Report of the Indian Hemp Drugs Commission, 1894-1895 - Volume III
Year: 1894
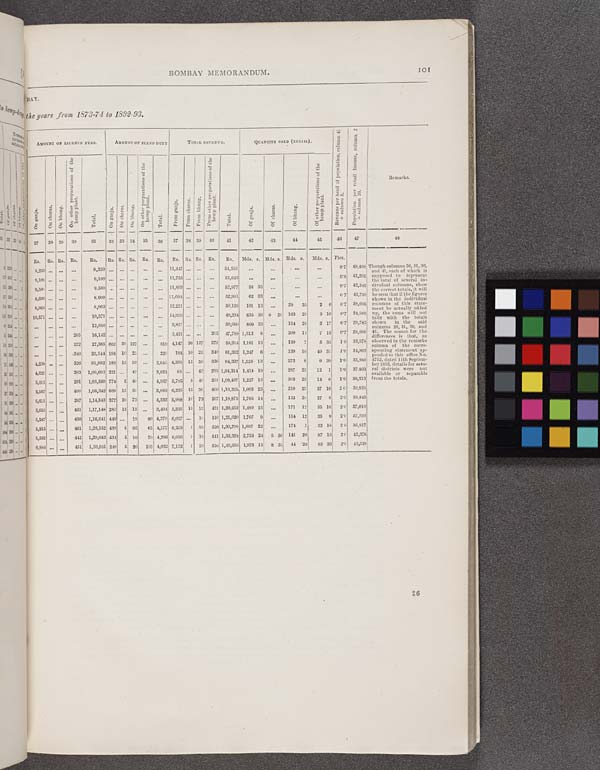
BOMBAY MEMORANDUM.
101
BAY.
he years from 1873-74 to 1892-93.
AMOUNT OF LICENSE FEES.
AMOUNT OF FIXED DUTY
TOTAL REVENUE.
QUANTITY BOLD (RETAIL).
Revenue
per head of population, column 41
÷ column 2.
Population per retail l
i
cense, column 2
÷ column 26.
Remarks.
AMOUNT OF LICENSE FEES.
AMOUNT OF FIXED DUTY
TOTAL REVENUE.
QUANTITY BOLD (RETAIL).
Revenue
per head of population, column 41
÷ column 2.
Population per retail l
i
cense, column 2
÷ column 26.
Remarks.
On ganja.
On charas.
On bhang.
On other preparations of the
hemp plant.
Tot al .
On ganja. On charas. On bhang.
On other preparations of the
hemp plant.
Tot al .
From Ganja.
Fr om charas.
From bhang.
From other preparations of the
hemp plant.
Tot al .
Of ganj a. Of charas. Of bhang.
Of other preparations of the
hemp plant.
Revenue
per head of population, column 41
÷ column 2.
Population per retail l
i
cense, column 2
÷ column 26.
Remarks.
27
28 29
30
31
32 33 34
35
36
37
38 39
40
41
42
43
44
45
46
47
48
Rs. Rs. RS. Rs.
Rs.
Rs. Rs. Rs. Rs.
Rs.
Rs. Rs. Rs. Rs.
Rs.
Mds. s. Mds. s. Mds. s.
Mds. s. Pies.
8,250
8,250
11,447
54,561
0.7 49,498 Though columns 26, 31, 36,
and 41, each of which is
supposed to represent
the total of several in-
dividual columns, show
the correct totals, it will
be seen that if the figures
shown in the individual
columns of this state-
ment be actually added
up, the sums will not
tally with the totals
shown
in the said
columns 26, 31, 36, and
41. The reason for the
differences is that, as
observed in the remarks
column of the corre-
sponding statement ap-
pended to this office No.
4752, dated 11th Septem-
ber 1893, details for seve-
ral districts were not
available or separable
from the totals.
9,100
9,100
11,755
55,643
0.8 46,201
Though columns 26, 31, 36,
and 41, each of which is
supposed to represent
the total of several in-
dividual columns, show
the correct totals, it will
be seen that if the figures
shown in the individual
columns of this state-
ment be actually added
up, the sums will not
tally with the totals
shown
in the said
columns 26, 31, 36, and
41. The reason for the
differences is that, as
observed in the remarks
column of the corre-
sponding statement ap-
pended to this office No.
4752, dated 11th Septem-
ber 1893, details for seve-
ral districts were not
available or separable
from the totals.
9,500
9,500
11,893
52,977
58 35
0.7 42,342
Though columns 26, 31, 36,
and 41, each of which is
supposed to represent
the total of several in-
dividual columns, show
the correct totals, it will
be seen that if the figures
shown in the individual
columns of this state-
ment be actually added
up, the sums will not
tally with the totals
shown
in the said
columns 26, 31, 36, and
41. The reason for the
differences is that, as
observed in the remarks
column of the corre-
sponding statement ap-
pended to this office No.
4752, dated 11th Septem-
ber 1893, details for seve-
ral districts were not
available or separable
from the totals.
8,600
8,600
11,094
52,981
62 33
0.7 43,793
Though columns 26, 31, 36,
and 41, each of which is
supposed to represent
the total of several in-
dividual columns, show
the correct totals, it will
be seen that if the figures
shown in the individual
columns of this state-
ment be actually added
up, the sums will not
tally with the totals
shown
in the said
columns 26, 31, 36, and
41. The reason for the
differences is that, as
observed in the remarks
column of the corre-
sponding statement ap-
pended to this office No.
4752, dated 11th Septem-
ber 1893, details for seve-
ral districts were not
available or separable
from the totals.
8,963
8,963
12,221
50,126
101 13
29 35
2 0
0.7 38,096
Though columns 26, 31, 36,
and 41, each of which is
supposed to represent
the total of several in-
dividual columns, show
the correct totals, it will
be seen that if the figures
shown in the individual
columns of this state-
ment be actually added
up, the sums will not
tally with the totals
shown
in the said
columns 26, 31, 36, and
41. The reason for the
differences is that, as
observed in the remarks
column of the corre-
sponding statement ap-
pended to this office No.
4752, dated 11th Septem-
ber 1893, details for seve-
ral districts were not
available or separable
from the totals.
10,571
10,571
14,039
49,234
635 36 0 20 163 29
3 10
0.7 34,969
Though columns 26, 31, 36,
and 41, each of which is
supposed to represent
the total of several in-
dividual columns, show
the correct totals, it will
be seen that if the figures
shown in the individual
columns of this state-
ment be actually added
up, the sums will not
tally with the totals
shown
in the said
columns 26, 31, 36, and
41. The reason for the
differences is that, as
observed in the remarks
column of the corre-
sponding statement ap-
pended to this office No.
4752, dated 11th Septem-
ber 1893, details for seve-
ral districts were not
available or separable
from the totals.
12,950
3,831
50,060
809 33
154 28
2 17
0.7 29,783
Though columns 26, 31, 36,
and 41, each of which is
supposed to represent
the total of several in-
dividual columns, show
the correct totals, it will
be seen that if the figures
shown in the individual
columns of this state-
ment be actually added
up, the sums will not
tally with the totals
shown
in the said
columns 26, 31, 36, and
41. The reason for the
differences is that, as
observed in the remarks
column of the corre-
sponding statement ap-
pended to this office No.
4752, dated 11th Septem-
ber 1893, details for seve-
ral districts were not
available or separable
from the totals.
205
16,142
3,411
205 47,788 1,312 8
209 14
7 13
0.7 28,689
Though columns 26, 31, 36,
and 41, each of which is
supposed to represent
the total of several in-
dividual columns, show
the correct totals, it will
be seen that if the figures
shown in the individual
columns of this state-
ment be actually added
up, the sums will not
tally with the totals
shown
in the said
columns 26, 31, 36, and
41. The reason for the
differences is that, as
observed in the remarks
column of the corre-
sponding statement ap-
pended to this office No.
4752, dated 11th Septem-
ber 1893, details for seve-
ral districts were not
available or separable
from the totals.
272
27,365 662 30 127
819 4,147 30 127
272 59,314 1,181 13
139
7
5 35
1.0 33,978
Though columns 26, 31, 36,
and 41, each of which is
supposed to represent
the total of several in-
dividual columns, show
the correct totals, it will
be seen that if the figures
shown in the individual
columns of this state-
ment be actually added
up, the sums will not
tally with the totals
shown
in the said
columns 26, 31, 36, and
41. The reason for the
differences is that, as
observed in the remarks
column of the corre-
sponding statement ap-
pended to this office No.
4752, dated 11th Septem-
ber 1893, details for seve-
ral districts were not
available or separable
from the totals.
340
26,544 194 10 25
229
194 10 25
340 81,362 1,247 6
139 10
49 31
1.0 34,903
Though columns 26, 31, 36,
and 41, each of which is
supposed to represent
the total of several in-
dividual columns, show
the correct totals, it will
be seen that if the figures
shown in the individual
columns of this state-
ment be actually added
up, the sums will not
tally with the totals
shown
in the said
columns 26, 31, 36, and
41. The reason for the
differences is that, as
observed in the remarks
column of the corre-
sponding statement ap-
pended to this office No.
4752, dated 11th Septem-
ber 1893, details for seve-
ral districts were not
available or separable
from the totals.
4,208
326
91,692 183 15 50
2,645 4,391 15 50
326 94,337 1,528 13
272 8
9 39
1.0 35,880
Though columns 26, 31, 36,
and 41, each of which is
supposed to represent
the total of several in-
dividual columns, show
the correct totals, it will
be seen that if the figures
shown in the individual
columns of this state-
ment be actually added
up, the sums will not
tally with the totals
shown
in the said
columns 26, 31, 36, and
41. The reason for the
differences is that, as
observed in the remarks
column of the corre-
sponding statement ap-
pended to this office No.
4752, dated 11th Septem-
ber 1893, details for seve-
ral districts were not
available or separable
from the totals.
4,627
203 1,00,693 221
42
3,621
88
42
203 1,04.314 1,414 19
287 25
12 1
1.0 37,403
Though columns 26, 31, 36,
and 41, each of which is
supposed to represent
the total of several in-
dividual columns, show
the correct totals, it will
be seen that if the figures
shown in the individual
columns of this state-
ment be actually added
up, the sums will not
tally with the totals
shown
in the said
columns 26, 31, 36, and
41. The reason for the
differences is that, as
observed in the remarks
column of the corre-
sponding statement ap-
pended to this office No.
4752, dated 11th Septem-
ber 1893, details for seve-
ral districts were not
available or separable
from the totals.
5,011
201 1,03,560 774
5 40
4,937 5,785
5 40
201 1,08,497 1,227 13
303 25
14 0
1.0 38,213
Though columns 26, 31, 36,
and 41, each of which is
supposed to represent
the total of several in-
dividual columns, show
the correct totals, it will
be seen that if the figures
shown in the individual
columns of this state-
ment be actually added
up, the sums will not
tally with the totals
shown
in the said
columns 26, 31, 36, and
41. The reason for the
differences is that, as
observed in the remarks
column of the corre-
sponding statement ap-
pended to this office No.
4752, dated 11th Septem-
ber 1893, details for seve-
ral districts were not
available or separable
from the totals.
5,567
400 1,06,342 668 15 30
3,983 6,235 15 30
400 1,10,325 1,003 23
210 23
37 10
2.0 39,833
Though columns 26, 31, 36,
and 41, each of which is
supposed to represent
the total of several in-
dividual columns, show
the correct totals, it will
be seen that if the figures
shown in the individual
columns of this state-
ment be actually added
up, the sums will not
tally with the totals
shown
in the said
columns 26, 31, 36, and
41. The reason for the
differences is that, as
observed in the remarks
column of the corre-
sponding statement ap-
pended to this office No.
4752, dated 11th Septem-
ber 1893, details for seve-
ral districts were not
available or separable
from the totals.
5,611
207 1,14,543 377 10 73
4,332 5,988 10 73
207 1,18,875 1,765 14
155 38
27 8
2.0 38,845
Though columns 26, 31, 36,
and 41, each of which is
supposed to represent
the total of several in-
dividual columns, show
the correct totals, it will
be seen that if the figures
shown in the individual
columns of this state-
ment be actually added
up, the sums will not
tally with the totals
shown
in the said
columns 26, 31, 36, and
41. The reason for the
differences is that, as
observed in the remarks
column of the corre-
sponding statement ap-
pended to this office No.
4752, dated 11th Septem-
ber 1893, details for seve-
ral districts were not
available or separable
from the totals.
5,053
431 1,17,148 282 15 15
3,404 5,335 15 16
431 1,20.552 1,480 15
171 12
35 16
2.0 37,010
Though columns 26, 31, 36,
and 41, each of which is
supposed to represent
the total of several in-
dividual columns, show
the correct totals, it will
be seen that if the figures
shown in the individual
columns of this state-
ment be actually added
up, the sums will not
tally with the totals
shown
in the said
columns 26, 31, 36, and
41. The reason for the
differences is that, as
observed in the remarks
column of the corre-
sponding statement ap-
pended to this office No.
4752, dated 11th Septem-
ber 1893, details for seve-
ral districts were not
available or separable
from the totals.
5,587
430 1,16,641 440
10
80 4,379 6,027
10
510 1,21,020 1,707 9
154 12
35 9
2.0 37,703
Though columns 26, 31, 36,
and 41, each of which is
supposed to represent
the total of several in-
dividual columns, show
the correct totals, it will
be seen that if the figures
shown in the individual
columns of this state-
ment be actually added
up, the sums will not
tally with the totals
shown
in the said
columns 26, 31, 36, and
41. The reason for the
differences is that, as
observed in the remarks
column of the corre-
sponding statement ap-
pended to this office No.
4752, dated 11th Septem-
ber 1893, details for seve-
ral districts were not
available or separable
from the totals.
5,815
461 1,26,532 438
5 95
65 4,177 6,253
5 95
526 1,30,709 1,697 22
174
1
32 18
2.0 36,817
Though columns 26, 31, 36,
and 41, each of which is
supposed to represent
the total of several in-
dividual columns, show
the correct totals, it will
be seen that if the figures
shown in the individual
columns of this state-
ment be actually added
up, the sums will not
tally with the totals
shown
in the said
columns 26, 31, 36, and
41. The reason for the
differences is that, as
observed in the remarks
column of the corre-
sponding statement ap-
pended to this office No.
4752, dated 11th Septem-
ber 1893, details for seve-
ral districts were not
available or separable
from the totals.
5,582
441 1,29,042 434 5 10
70 4,286 6,016
5 10
511 1,33,328 2,753 24
5 36 141 39
87 10
2.0 42,376
Though columns 26, 31, 36,
and 41, each of which is
supposed to represent
the total of several in-
dividual columns, show
the correct totals, it will
be seen that if the figures
shown in the individual
columns of this state-
ment be actually added
up, the sums will not
tally with the totals
shown
in the said
columns 26, 31, 36, and
41. The reason for the
differences is that, as
observed in the remarks
column of the corre-
sponding statement ap-
pended to this office No.
4752, dated 11th Septem-
ber 1893, details for seve-
ral districts were not
available or separable
from the totals.
6,884
451 1,36,561 248
5 20
105 4,032 7,132
5 20
556 1,40,593 1,976 15
8 33
44 28
85 36
2.0 43,528
Though columns 26, 31, 36,
and 41, each of which is
supposed to represent
the total of several in-
dividual columns, show
the correct totals, it will
be seen that if the figures
shown in the individual
columns of this state-
ment be actually added
up, the sums will not
tally with the totals
shown
in the said
columns 26, 31, 36, and
41. The reason for the
differences is that, as
observed in the remarks
column of the corre-
sponding statement ap-
pended to this office No.
4752, dated 11th Septem-
ber 1893, details for seve-
ral districts were not
available or separable
from the totals.
26